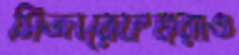
সিজারেফখরাও